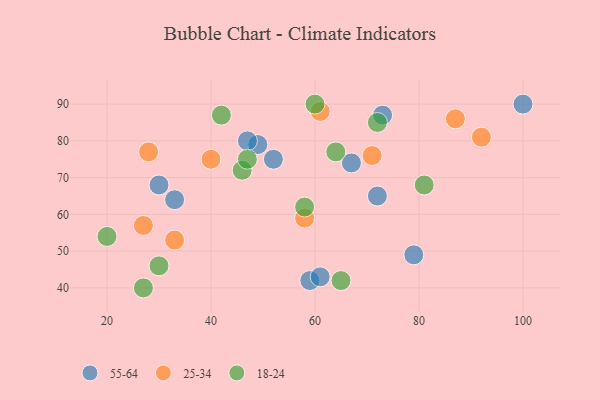
{"axis": {"x": "GDP", "y": "Life Expectancy"}, "legend": ["18-24", "25-34", "55-64"], "data": [{"x": "73", "y": 87, "type": "55-64"}, {"x": "100", "y": 90, "type": "55-64"}, {"x": "79", "y": 49, "type": "55-64"}, {"x": "59", "y": 42, "type": "55-64"}, {"x": "72", "y": 65, "type": "55-64"}, {"x": "49", "y": 79, "type": "55-64"}, {"x": "33", "y": 64, "type": "55-64"}, {"x": "30", "y": 68, "type": "55-64"}, {"x": "67", "y": 74, "type": "55-64"}, {"x": "61", "y": 43, "type": "55-64"}, {"x": "47", "y": 80, "type": "55-64"}, {"x": "52", "y": 75, "type": "55-64"}, {"x": "33", "y": 53, "type": "25-34"}, {"x": "58", "y": 59, "type": "25-34"}, {"x": "71", "y": 76, "type": "25-34"}, {"x": "61", "y": 88, "type": "25-34"}, {"x": "28", "y": 77, "type": "25-34"}, {"x": "92", "y": 81, "type": "25-34"}, {"x": "27", "y": 57, "type": "25-34"}, {"x": "87", "y": 86, "type": "25-34"}, {"x": "40", "y": 75, "type": "25-34"}, {"x": "46", "y": 72, "type": "18-24"}, {"x": "72", "y": 85, "type": "18-24"}, {"x": "65", "y": 42, "type": "18-24"}, {"x": "27", "y": 40, "type": "18-24"}, {"x": "81", "y": 68, "type": "18-24"}, {"x": "20", "y": 54, "type": "18-24"}, {"x": "58", "y": 62, "type": "18-24"}, {"x": "60", "y": 90, "type": "18-24"}, {"x": "30", "y": 46, "type": "18-24"}, {"x": "42", "y": 87, "type": "18-24"}, {"x": "64", "y": 77, "type": "18-24"}, {"x": "47", "y": 75, "type": "18-24"}]}